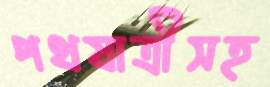
পথযাত্রীসহ